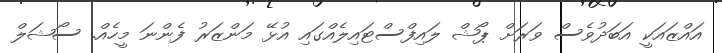
އައްޒައަކީ އަބަދުވެސް ވަރަށް ޕޯޝް ލައިފްސްޓައިލެއްގައި އުޅޭ މަންޒަރު ފެންނަ މީހެއް. ސޯޝަލް